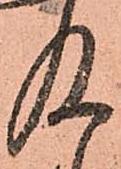
及